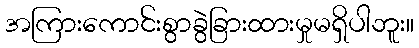
အကြားကောင်းစွာခွဲခြားထားမှုမရှိပါဘူး။